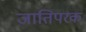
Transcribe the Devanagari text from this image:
जातिपरक